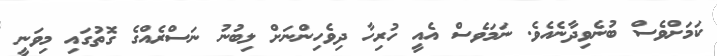
ކަމަށްވެސް ބުނެވިދާނެއެވެ. ނަމަވެސް އެއީ ހުރިހާ ދިވެހިންނަށް ލިބުނު ނަސްރެއްގެ ގޮތުގައި މިވަނީ